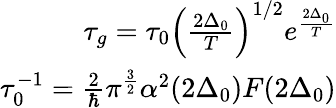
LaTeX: \begin{array}{r}{\tau_{g}=\tau_{0}\left(\frac{2\Delta_{0}}{T}\right)^{1/2}e^{\frac{2\Delta_{0}}{T}}}\\ {\tau_{0}^{-1}=\frac{2}{\hbar}\pi^{\frac{3}{2}}\alpha^{2}(2\Delta_{0})F(2\Delta_{0})}\end{array}